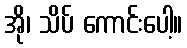
အို၊ သိပ် ကောင်းပေါ့။